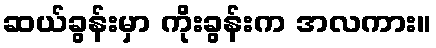
ဆယ်ခွန်းမှာ ကိုးခွန်းက အလကား။